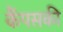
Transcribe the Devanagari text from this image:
कैंपसकी